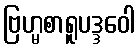
ဗြဟ္မစာရူပဒ္ဒဝေါ